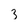
Character: 3